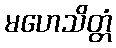
မဟေသိတ္တံ